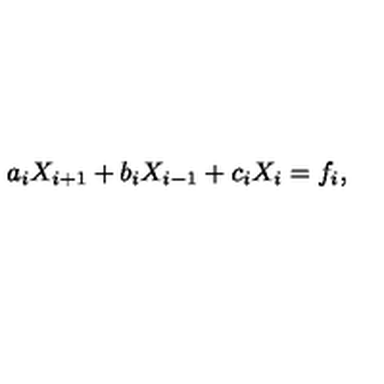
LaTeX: a _ { i } X _ { i + 1 } + b _ { i } X _ { i - 1 } + c _ { i } X _ { i } = f _ { i } ,